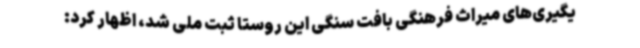
یگیری‌های میراث فرهنگی بافت سنگی این روستا ثبت ملی شد، اظهار کرد: